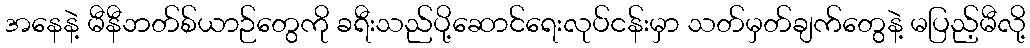
အနေနဲ့ မီနီဘတ်စ်ယာဉ်တွေကို ခရီးသည်ပို့ဆောင်ရေးလုပ်ငန်းမှာ သတ်မှတ်ချက်တွေနဲ့ မပြည့်မီလို့